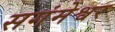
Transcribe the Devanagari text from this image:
सगंमेश्वर